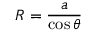
R = { \frac { a } { \cos \theta } }